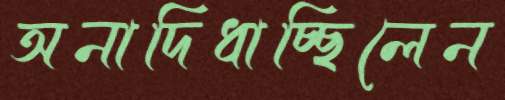
অনাদিধাচ্ছিলেন